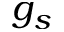
g _ { s }